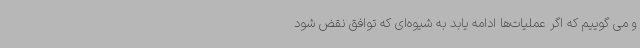
و می گوییم که اگر عملیات‌ها ادامه یابد به شیوه‌ای که توافق نقض شود